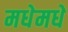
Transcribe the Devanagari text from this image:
मधेमधे